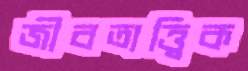
জীবতাত্ত্বিক